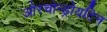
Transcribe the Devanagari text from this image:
औरचोन्ड्रोयटिन